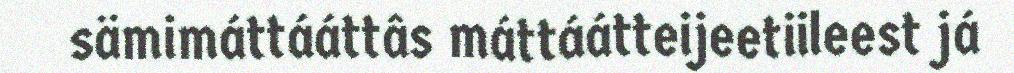
sämimáttááttâs máttáátteijeetiileest já